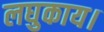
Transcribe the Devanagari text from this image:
लघुकाय।